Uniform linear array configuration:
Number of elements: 24
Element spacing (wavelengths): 0.25
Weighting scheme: binomial
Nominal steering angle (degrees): -30
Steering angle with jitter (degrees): -30.362
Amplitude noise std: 0.05
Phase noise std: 0.05

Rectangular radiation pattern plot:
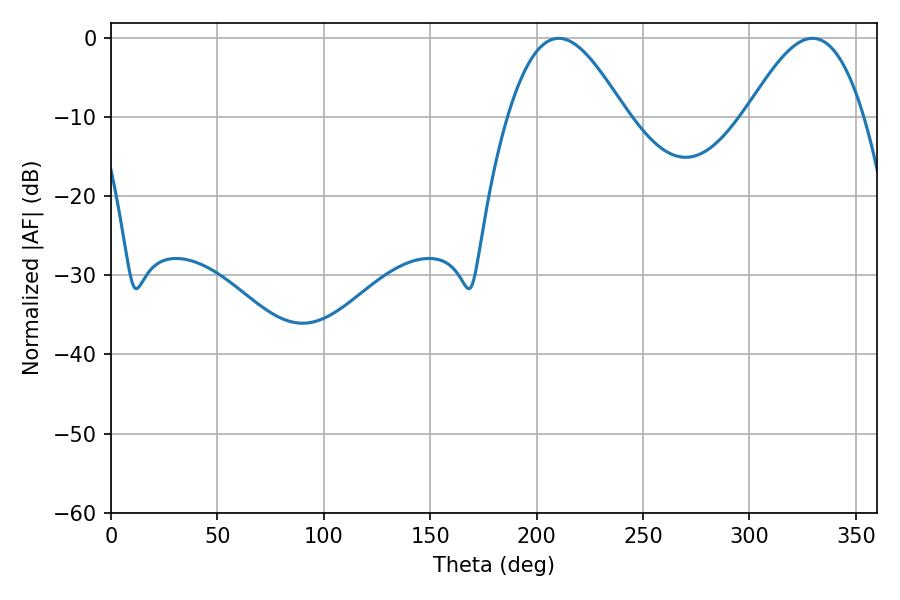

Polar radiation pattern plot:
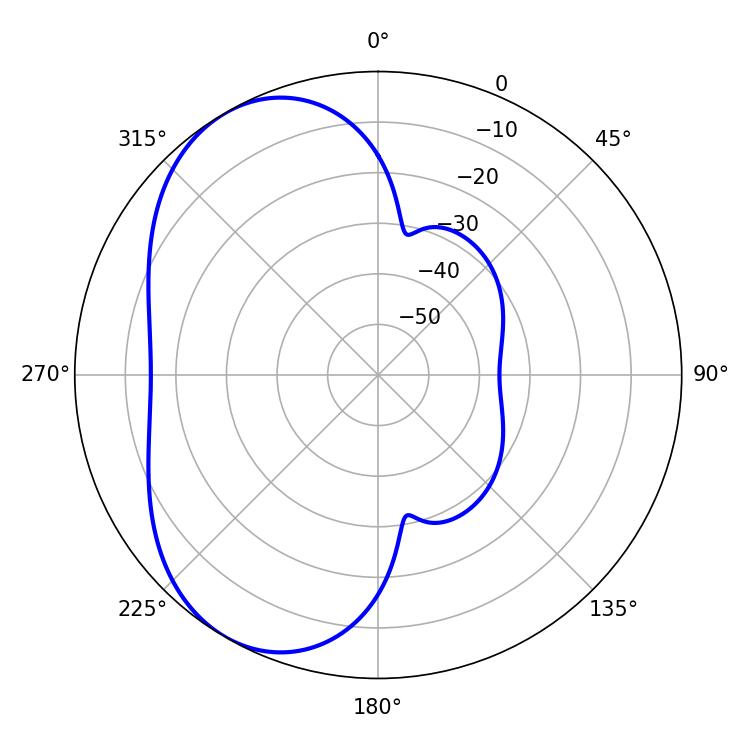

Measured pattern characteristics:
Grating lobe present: FALSE
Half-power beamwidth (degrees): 29.7
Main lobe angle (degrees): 210.42